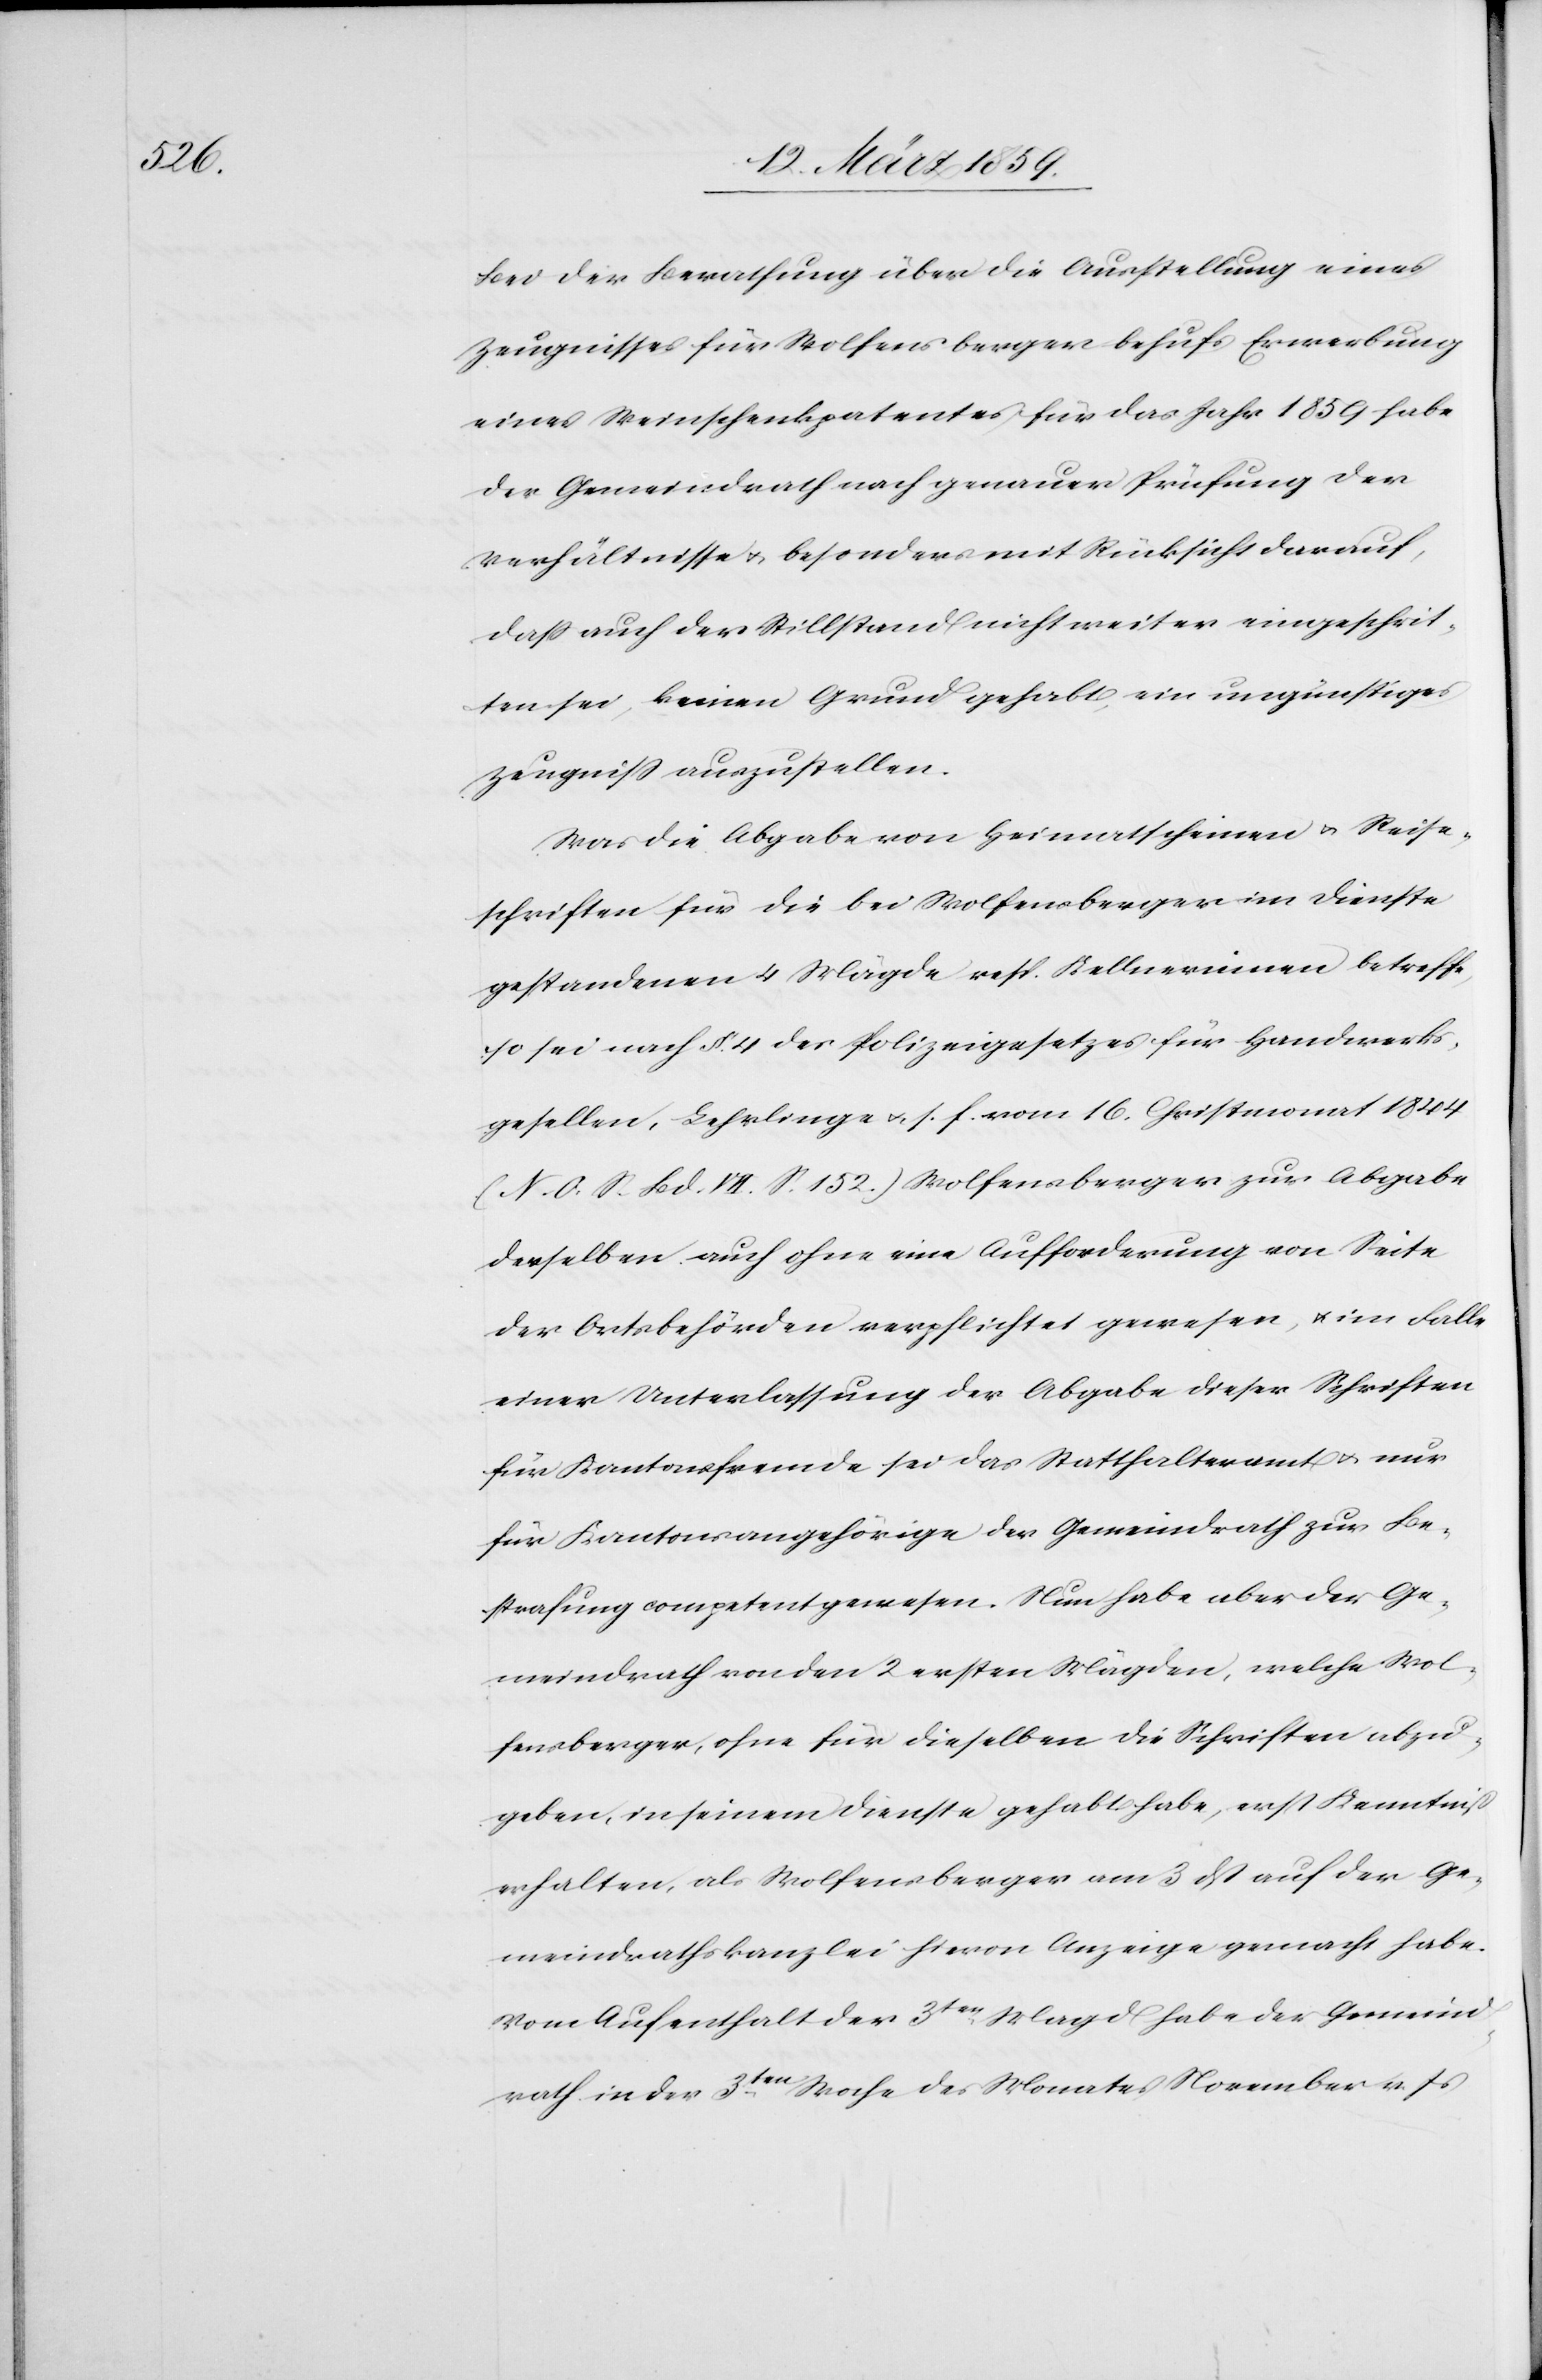
Bei der Berathung über die Ausstellung eines
Zeugnisses für Wolfensberger behufs Erwerbung
eines Weinschenkpatentes für das Jahr 1859 habe
der Gemeindrath nach genauer Prüfung der
Verhältnisse u. besonders mit Rücksicht darauf,
daß auch der Stillstand nicht weiter eingeschrit¬
ten sei, keinen Grund gehabt, ein ungünstiges
Zeugniß auszustellen.
Was die Abgabe von Heimatscheinen u. Reise¬
schriften für die bei Wolfensberger im Dienste
gestandenen 4 Mägde resp. Kellnerinnen betreffe,
so sei nach §. 4 des Polizeigesetzes für Handwerks¬
gesellen, Lehrlinge u. s. f. vom 16. Christmonat 1844
(N. O. S. Bd. VII. S. 152.) Wolfensberger zur Abgabe
derselben auch ohne eine Aufforderung von Seite
der Ortsbehörden verpflichtet gewesen, u. im Falle
einer Unterlassung der Abgabe dieser Schriften
für Kantonsfremde sei das Statthalteramt u. nur
für Kantonsangehörige der Gemeindrath zur Be¬
strafung competent gewesen. Nun habe aber der Ge¬
meindrath von den 2 ersten Mägden, welche Wol¬
fensberger, ohne für dieselben die Schriften abzu¬
geben, in seinem Dienste gehabt habe, erst Kenntniß
erhalten, als Wolfensberger am 3 dß auf der Ge¬
meindrathskanzlei hievon Anzeige gemacht habe.
Vom Aufenthalt der 3ten. Madg habe der Gemeind¬
rath in der 3ten. Woche des Monates November v. Js